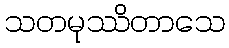
သတမုဿိတာသေ